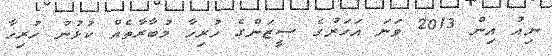
ނިއު އިން 2013 ވަނަ އަހަރުގެ ސީޒަންގެ ހުރިހާ މުބާރާތެއް ކުޅުނު ހުރިހާ